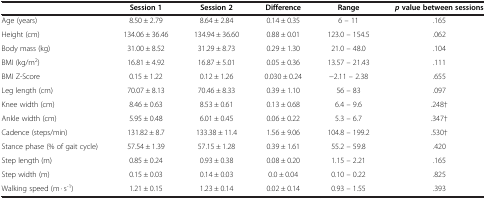
|  | Session 1 | Session 2 | Difference | Range | pvalue between sessions |
 | --- | --- | --- | --- | --- | --- |
 | Age (years) | 8.50 ± 2.79 | 8.64 ± 2.84 | 0.14 ± 0.35 | 6 – 11 | .165 |
 | Height (cm) | 134.06 ± 36.46 | 134.94 ± 36.60 | 0.88 ± 0.01 | 123.0 – 154.5 | .062 |
 | Body mass (kg) | 31.00 ± 8.52 | 31.29 ± 8.73 | 0.29 ± 1.30 | 21.0 – 48.0 | .104 |
 | BMI (kg/m2) | 16.81 ± 4.92 | 16.87 ± 5.01 | 0.05 ± 0.36 | 13.57 – 21.43 | .111 |
 | BMI Z-Score | 0.15 ± 1.22 | 0.12 ± 1.26 | 0.030 ± 0.24 | -2.11 – 2.38 | .655 |
 | Leg length (cm) | 70.07 ± 8.13 | 70.46 ± 8.33 | 0.39 ± 1.10 | 56 – 83 | .097 |
 | Knee width (cm) | 8.46 ± 0.63 | 8.53 ± 0.61 | 0.13 ± 0.68 | 6.4 – 9.6 | .248† |
 | Ankle width (cm) | 5.95 ± 0.48 | 6.01 ± 0.45 | 0.06 ± 0.22 | 5.3 – 6.7 | .347† |
 | Cadence (steps/min) | 131.82 ± 8.7 | 133.38 ± 11.4 | 1.56 ± 9.06 | 104.8 – 199.2 | .530† |
 | Stance phase (% of gait cycle) | 57.54 ± 1.39 | 57.15 ± 1.28 | 0.39 ± 1.61 | 55.2 – 59.8 | .420 |
 | Step length (m) | 0.85 ± 0.24 | 0.93 ± 0.38 | 0.08 ± 0.20 | 1.15 – 2.21 | .165 |
 | Step width (m) | 0.15 ± 0.03 | 0.14 ± 0.03 | 0.0 ± 0.04 | 0.10 – 0.22 | .825 |
 | Walking speed (m · s-1) | 1.21 ± 0.15 | 1.23 ± 0.14 | 0.02 ± 0.14 | 0.93 – 1.55 | .393 |